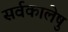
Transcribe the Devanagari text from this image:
सर्वकालेषु